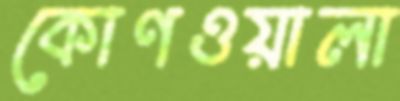
কোণওয়ালা